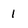
Character: 1